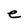
Character: e